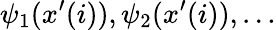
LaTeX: \psi_{1}(x^{\prime}(i)),\psi_{2}(x^{\prime}(i)),\ldots